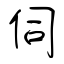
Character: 伺